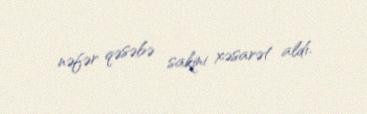
nəfər qəsəbə sakini xəsarət aldı.